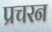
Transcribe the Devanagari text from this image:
प्रचरन